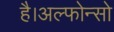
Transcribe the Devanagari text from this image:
है।अल्फोन्सो